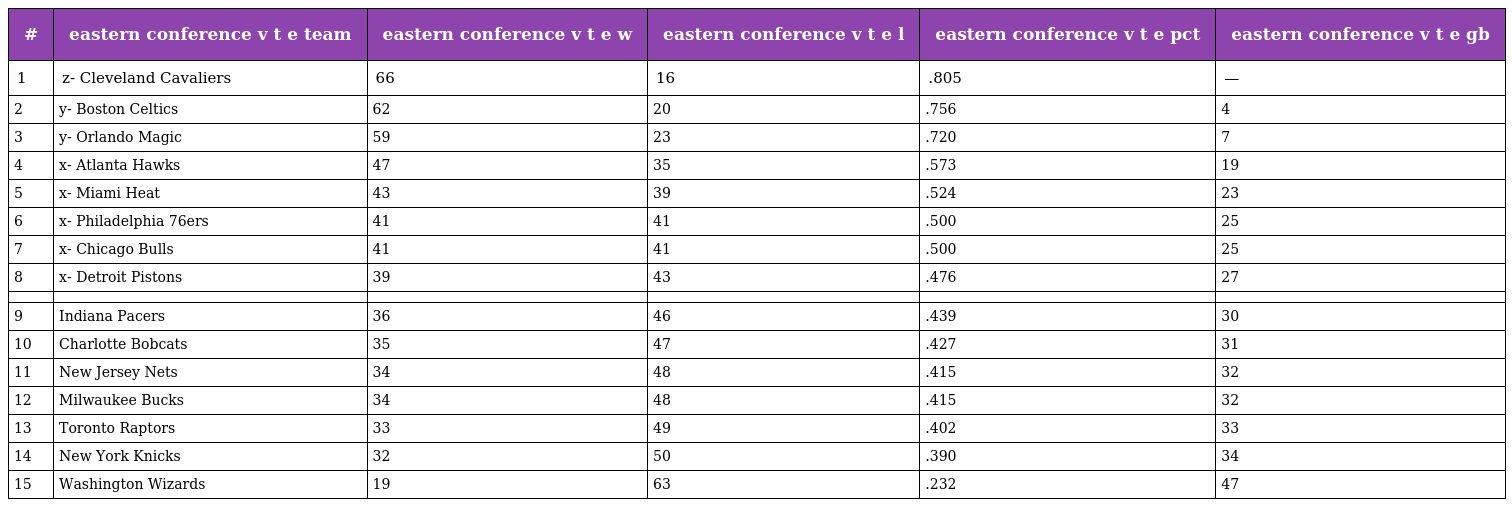
| # | eastern conference v t e team | eastern conference v t e w | eastern conference v t e l | eastern conference v t e pct | eastern conference v t e gb |
 | --- | --- | --- | --- | --- | --- |
 | 1 | z- Cleveland Cavaliers | 66 | 16 | .805 | — |
 | 2 | y- Boston Celtics | 62 | 20 | .756 | 4 |
 | 3 | y- Orlando Magic | 59 | 23 | .720 | 7 |
 | 4 | x- Atlanta Hawks | 47 | 35 | .573 | 19 |
 | 5 | x- Miami Heat | 43 | 39 | .524 | 23 |
 | 6 | x- Philadelphia 76ers | 41 | 41 | .500 | 25 |
 | 7 | x- Chicago Bulls | 41 | 41 | .500 | 25 |
 | 8 | x- Detroit Pistons | 39 | 43 | .476 | 27 |
 |  |  |  |  |  |  |
 | 9 | Indiana Pacers | 36 | 46 | .439 | 30 |
 | 10 | Charlotte Bobcats | 35 | 47 | .427 | 31 |
 | 11 | New Jersey Nets | 34 | 48 | .415 | 32 |
 | 12 | Milwaukee Bucks | 34 | 48 | .415 | 32 |
 | 13 | Toronto Raptors | 33 | 49 | .402 | 33 |
 | 14 | New York Knicks | 32 | 50 | .390 | 34 |
 | 15 | Washington Wizards | 19 | 63 | .232 | 47 |